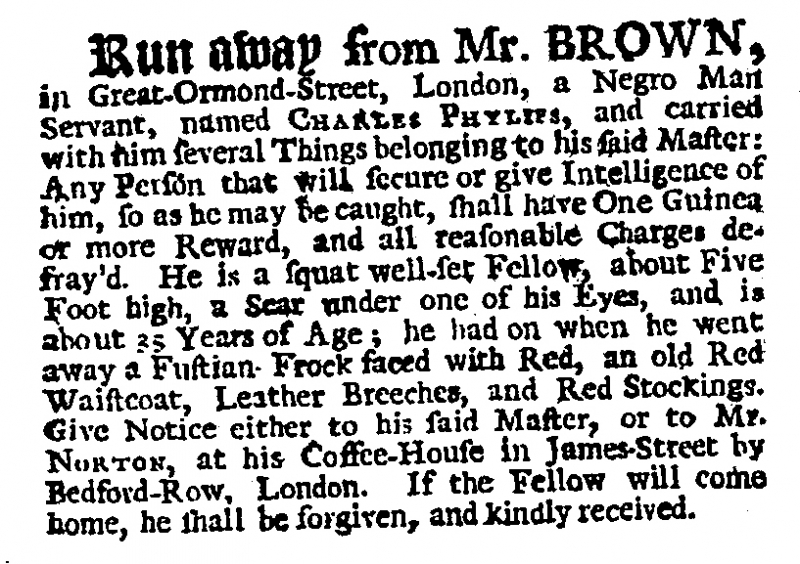
Daily Journal, 17 January 1728 (England)
Run away from Mr. BROWN, in Great-Ormond-Street, London, a Negro Man Servant, named CHARLES PHYLIPS, and carried with him several Things belonging to his said Master: Any Person that will secure or give Intelligence of him, so as he may be caught, shall have One Guinea or more Reward, and all reasonable Charges defray’d. He is a squat well-set Fellow, about Five Foot high, a Scar under one of his Eyes, and is about 35 Years of Age; he had on when he went away a Fustian Frock faced with Red, an old Red Waistcoat, Leather Breeches, and Red Stockings. Give Notice either to his said Master, or to Mr. NORTON, at his Coffee-House in James-Street by Bedford-Row, London. If the Fellow will come home, he shall be forgiven, and kindly received.